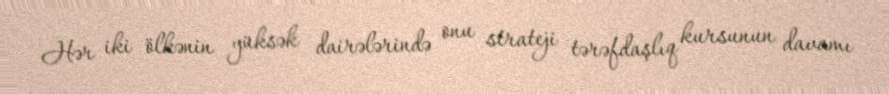
Hər iki ölkənin yüksək dairələrində onu strateji tərəfdaşlıq kursunun davamı